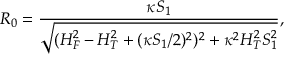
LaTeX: R _ { 0 } = { \frac { \kappa S _ { 1 } } { \sqrt { ( H _ { F } ^ { 2 } - H _ { T } ^ { 2 } + ( \kappa S _ { 1 } / 2 ) ^ { 2 } ) ^ { 2 } + \kappa ^ { 2 } H _ { T } ^ { 2 } S _ { 1 } ^ { 2 } } } } ,